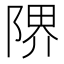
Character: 𨺬